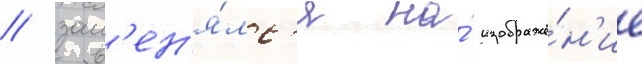
/ зам'ен'я́лс'я на́ изображе́н'ие